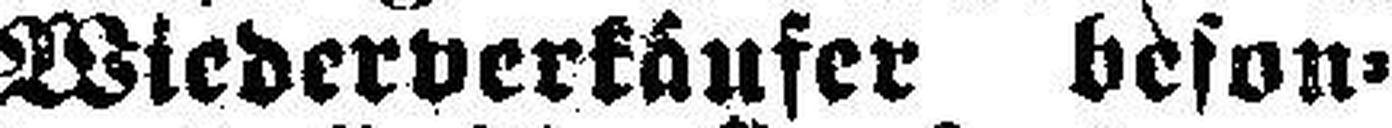
Wiederverkäufer beson¬